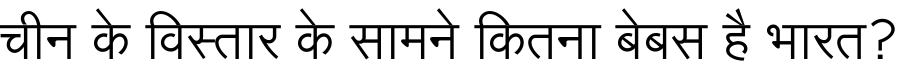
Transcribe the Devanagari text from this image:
चीन के विस्तार के सामने कितना बेबस है भारत?